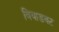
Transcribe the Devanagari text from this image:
वियाडक्ट